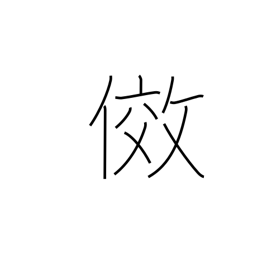
Meaning: emulate